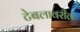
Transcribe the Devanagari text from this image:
टेबलावरील